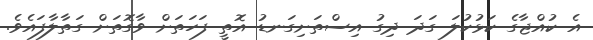
އެ ކުއްޖާގެ ކަޅުކުލަ ގަދަ ދިގު އިސްތަށިގަނޑު އޮތީ ފަހަތަށް ވާގޮތަށް ގަތާލާފައެވެ.